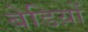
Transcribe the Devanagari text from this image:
बेडिय़ों